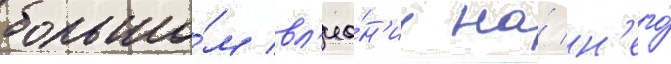
большо́м вл'иа́н'ии на́ н'его́